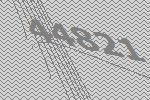
44821